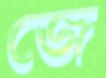
জে